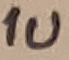
Text: 1u